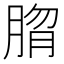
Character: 𰮱